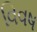
વિવષ